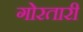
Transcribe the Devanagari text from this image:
गोरतारी